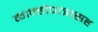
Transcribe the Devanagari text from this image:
कान्होपात्रासह